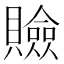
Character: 𧸘